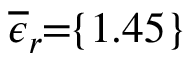
\! \! \! \! \! \! \! \! \! \! \! \overline { { \epsilon } } _ { r } \! \! = \! \! \{ 1 . 4 5 \} \! \! \!